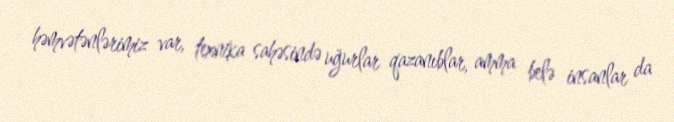
həmvətənlərimiz var, texnika sahəsində uğurlar qazanıblar, amma belə insanlar da